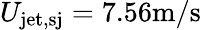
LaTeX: U_{\mathrm{jet,sj}}=7.56\mathrm{m/s}